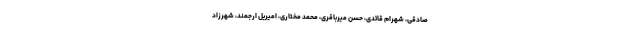
صادقی، شهرام قائدی، حسن میرباقری، محمد مختاری، امیریل ارجمند، شهرزاد